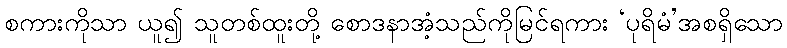
စကားကိုသာ ယူ၍ သူတစ်ထူးတို့ စောဒနာအံ့သည်ကိုမြင်ရကား ‘ပုရိမံ’အစရှိသော